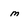
Character: m